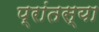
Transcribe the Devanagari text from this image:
प्रांतस्या